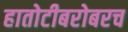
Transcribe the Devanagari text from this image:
हातोटीबरोबरच